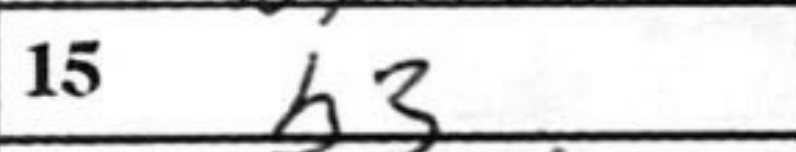
Transcription: b3